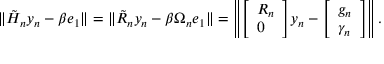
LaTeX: \| { \tilde { H } } _ { n } y _ { n } - \beta e _ { 1 } \| = \| { \tilde { R } } _ { n } y _ { n } - \beta \Omega _ { n } e _ { 1 } \| = \left\| { \left[ \begin{array} { l } { R _ { n } } \\ { 0 } \end{array} \right] } y _ { n } - { \left[ \begin{array} { l } { g _ { n } } \\ { \gamma _ { n } } \end{array} \right] } \right\| .